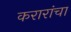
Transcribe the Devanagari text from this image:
करारांचा